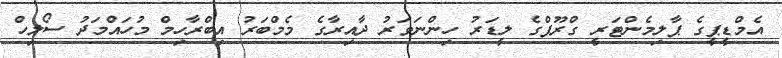
އެމްޑީޕީގެ ޕާލިމެންޓަރީ ގްރޫޕްގެ ލީޑަރު ހިންނަވަރު ދާއިރާގެ މެމްބަރު އިބްރާހިމް މުހައްމަދު ސޯލިހް